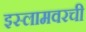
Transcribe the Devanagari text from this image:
इस्लामवरची